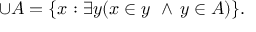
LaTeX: \cup A = \{ x : \exists y ( x \in y \, \, \land \, y \in A ) \} .